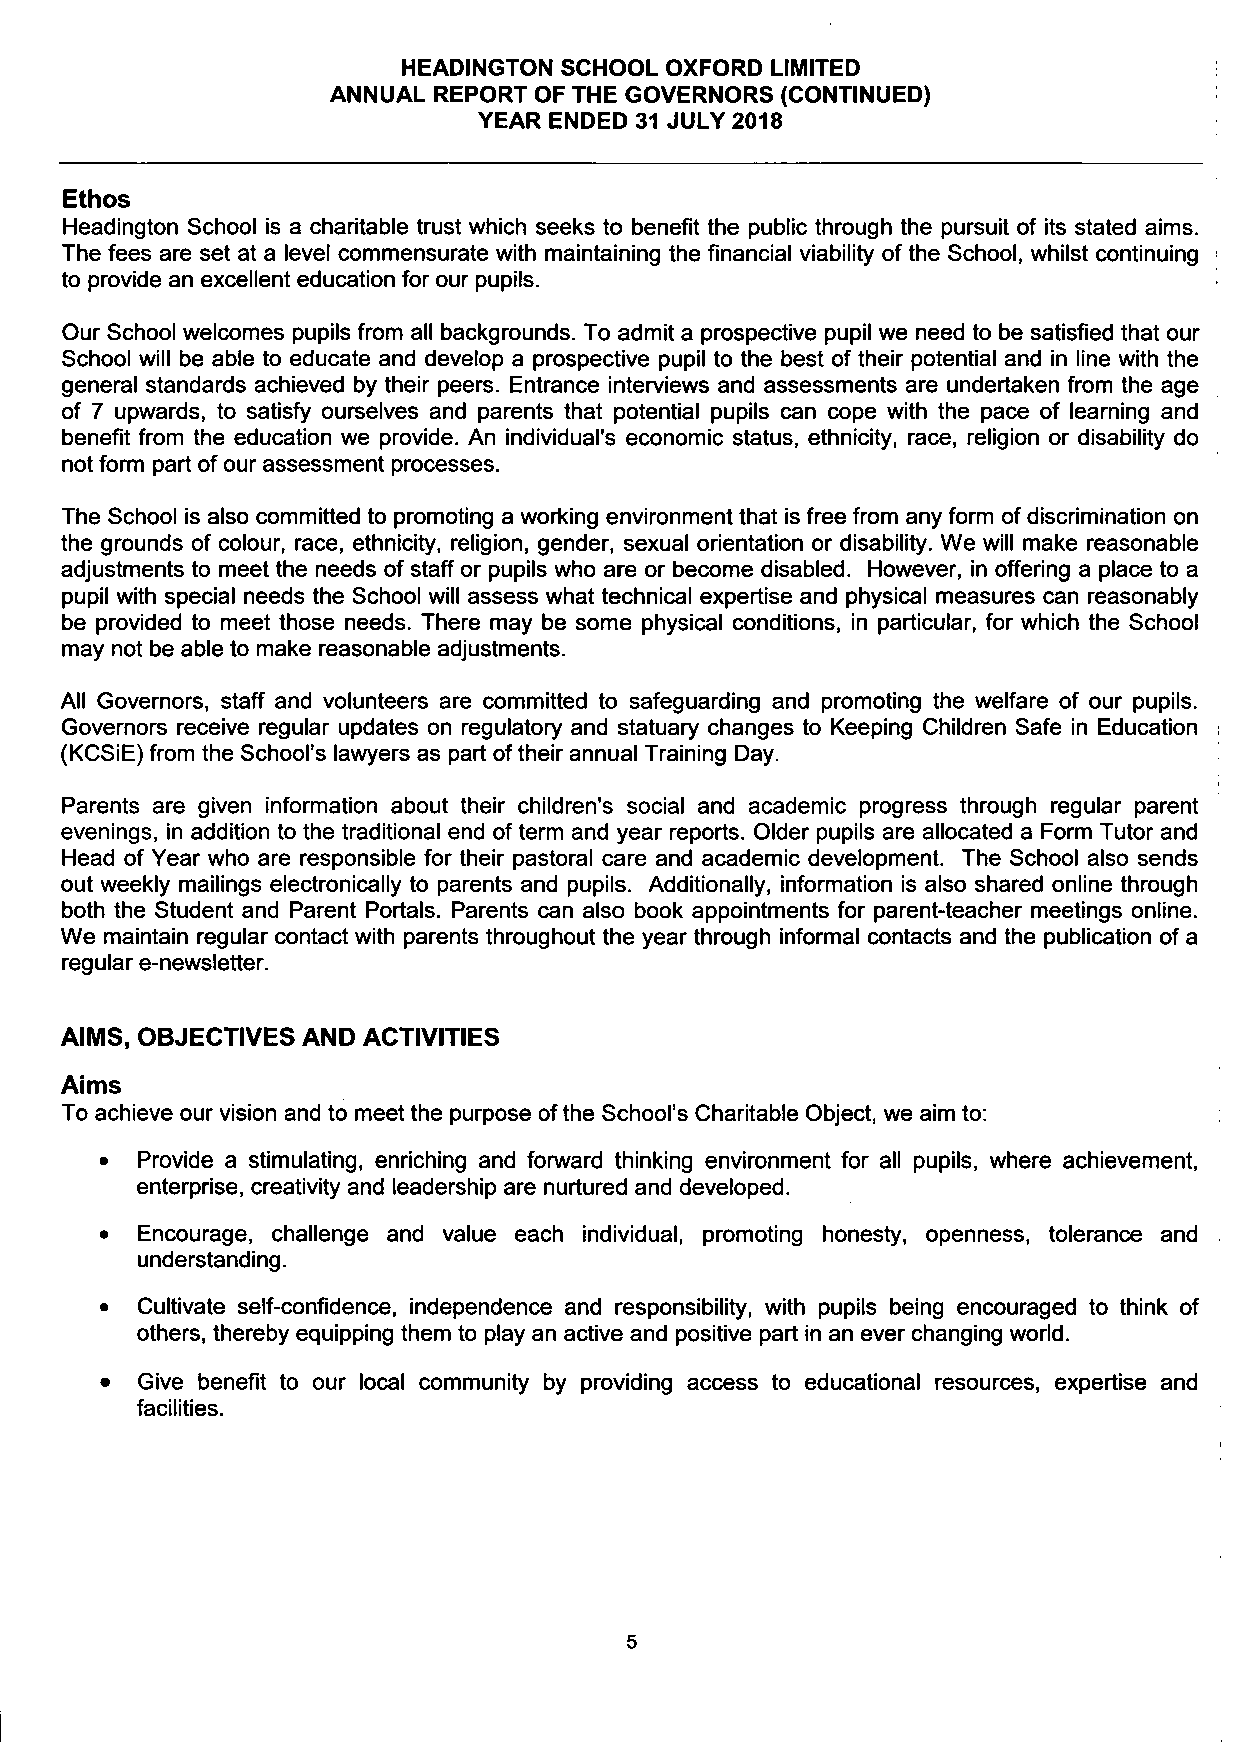
HEADINGTON SCHOOL OXFORD LIMITED
 ANNUAL REPORT OF THE GOVERNORS (CONTINUED)
 YEAR ENDED 31 JULY 2018
 Ethos
 Headington School is a charitable trust which seeks to benefit the public through the pursuit of its stated aims.
 The fees are set at a level commensurate with maintaining the financial viability of the School, whilst continuing
 to provide an excellent education for our pupils.
 Our School welcomes pupils from all backgrounds. To admit a prospective pupil we need to be satisfied that our
 School will be able to educate and develop a prospective pupil to the best of their potential and in line with the
 general standards achieved by their peers. Entrance interviews and assessments are undertaken from the age
 of 7 upwards, to satisfy ourselves and parents that potential pupils can cope with the pace of learning and
 benefit from the education we provide. An individual's economic status, ethnicity, race, religion or disability do
 not form part of our assessment processes.
 The School is also committed to promoting a working environment that is free from any form of discrimination on
 the grounds of colour, race, ethnicity, religion, gender, sexual orientation or disability. We will make reasonable
 adjustments to meet the needs of staff or pupils who are or become disabled. However, in offering a place to a
 pupil with special needs the School will assess what technical expertise and physical measures can reasonably
 be provided to meet those needs. There may be some physical conditions, in particular, for which the School
 may not be able to make reasonable adjustments.
 All Governors, staff and volunteers are committed to safeguarding and promoting the welfare of our pupils.
 Governors receive regular updates on regulatory and statuary changes to Keeping Children Safe in Education
 (KCSiE) from the School's lawyers as part of their annual Training Day.
 Parents are given information about their children's social and academic progress through regular parent
 evenings, in addition to the traditional end of term and year reports. Older pupils are allocated a Form Tutor and
 Head of Year who are responsible for their pastoral care and academic development. The School also sends
 out weekly mailings electronically to parents and pupils. Additionally, information is also shared online through
 both the Student and Parent Portals. Parents can also book appointments for parent-teacher meetings online.
 We maintain regular contact with parents throughout the year through informal contacts and the publication of a
 regular e-newsletter.
 AIMS, OBJECTIVES AND ACTIVITIES
 Aims
 To achieve our vision and to meet the purpose of the School's Charitable Object, we aim to:
 • Provide a stimulating, enriching and forward thinking environment for all pupils, where achievement,
 enterprise, creativity and leadership are nurtured and developed.
 • Encourage, challenge and value each individual, promoting honesty, openness, tolerance and
 understanding.
 • Cultivate self-confidence, independence and responsibility, with pupils being encouraged to think of
 others, thereby equipping them to play an active and positive part in an ever changing world.
 • Give benefit to our local community by providing access to educational resources, expertise and
 facilities.
 5